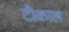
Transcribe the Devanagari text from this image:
टीकाल